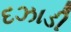
દઝાડી